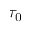
\tau _ { 0 }